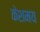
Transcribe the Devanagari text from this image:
केशमय